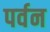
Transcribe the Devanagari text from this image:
पर्वन